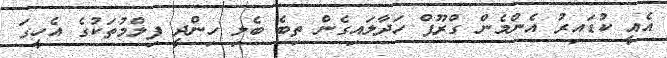
އެއީ ކުޑައިރު އެންމެން ގްރޫޕް ހަދާލައިގެން ތިބެ ބެލި ހިންދީ ފިލްމުތަކުގެ އެހީގަ